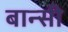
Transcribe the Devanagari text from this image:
बान्‍सी